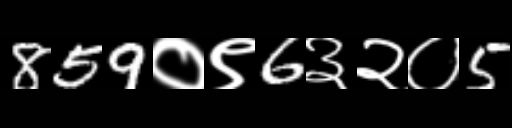
Text: 859०९6३२०5